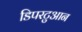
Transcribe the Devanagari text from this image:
डिपरटुआन